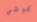
كوفي